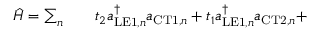
\begin{array} { r l r } { \hat { H } = \sum _ { n } } & { { } } & { t _ { 2 } a _ { \mathrm { L E 1 } , n } ^ { \dagger } a _ { \mathrm { C T 1 } , n } + t _ { 1 } a _ { \mathrm { L E 1 } , n } ^ { \dagger } a _ { \mathrm { C T 2 } , n } + } \end{array}